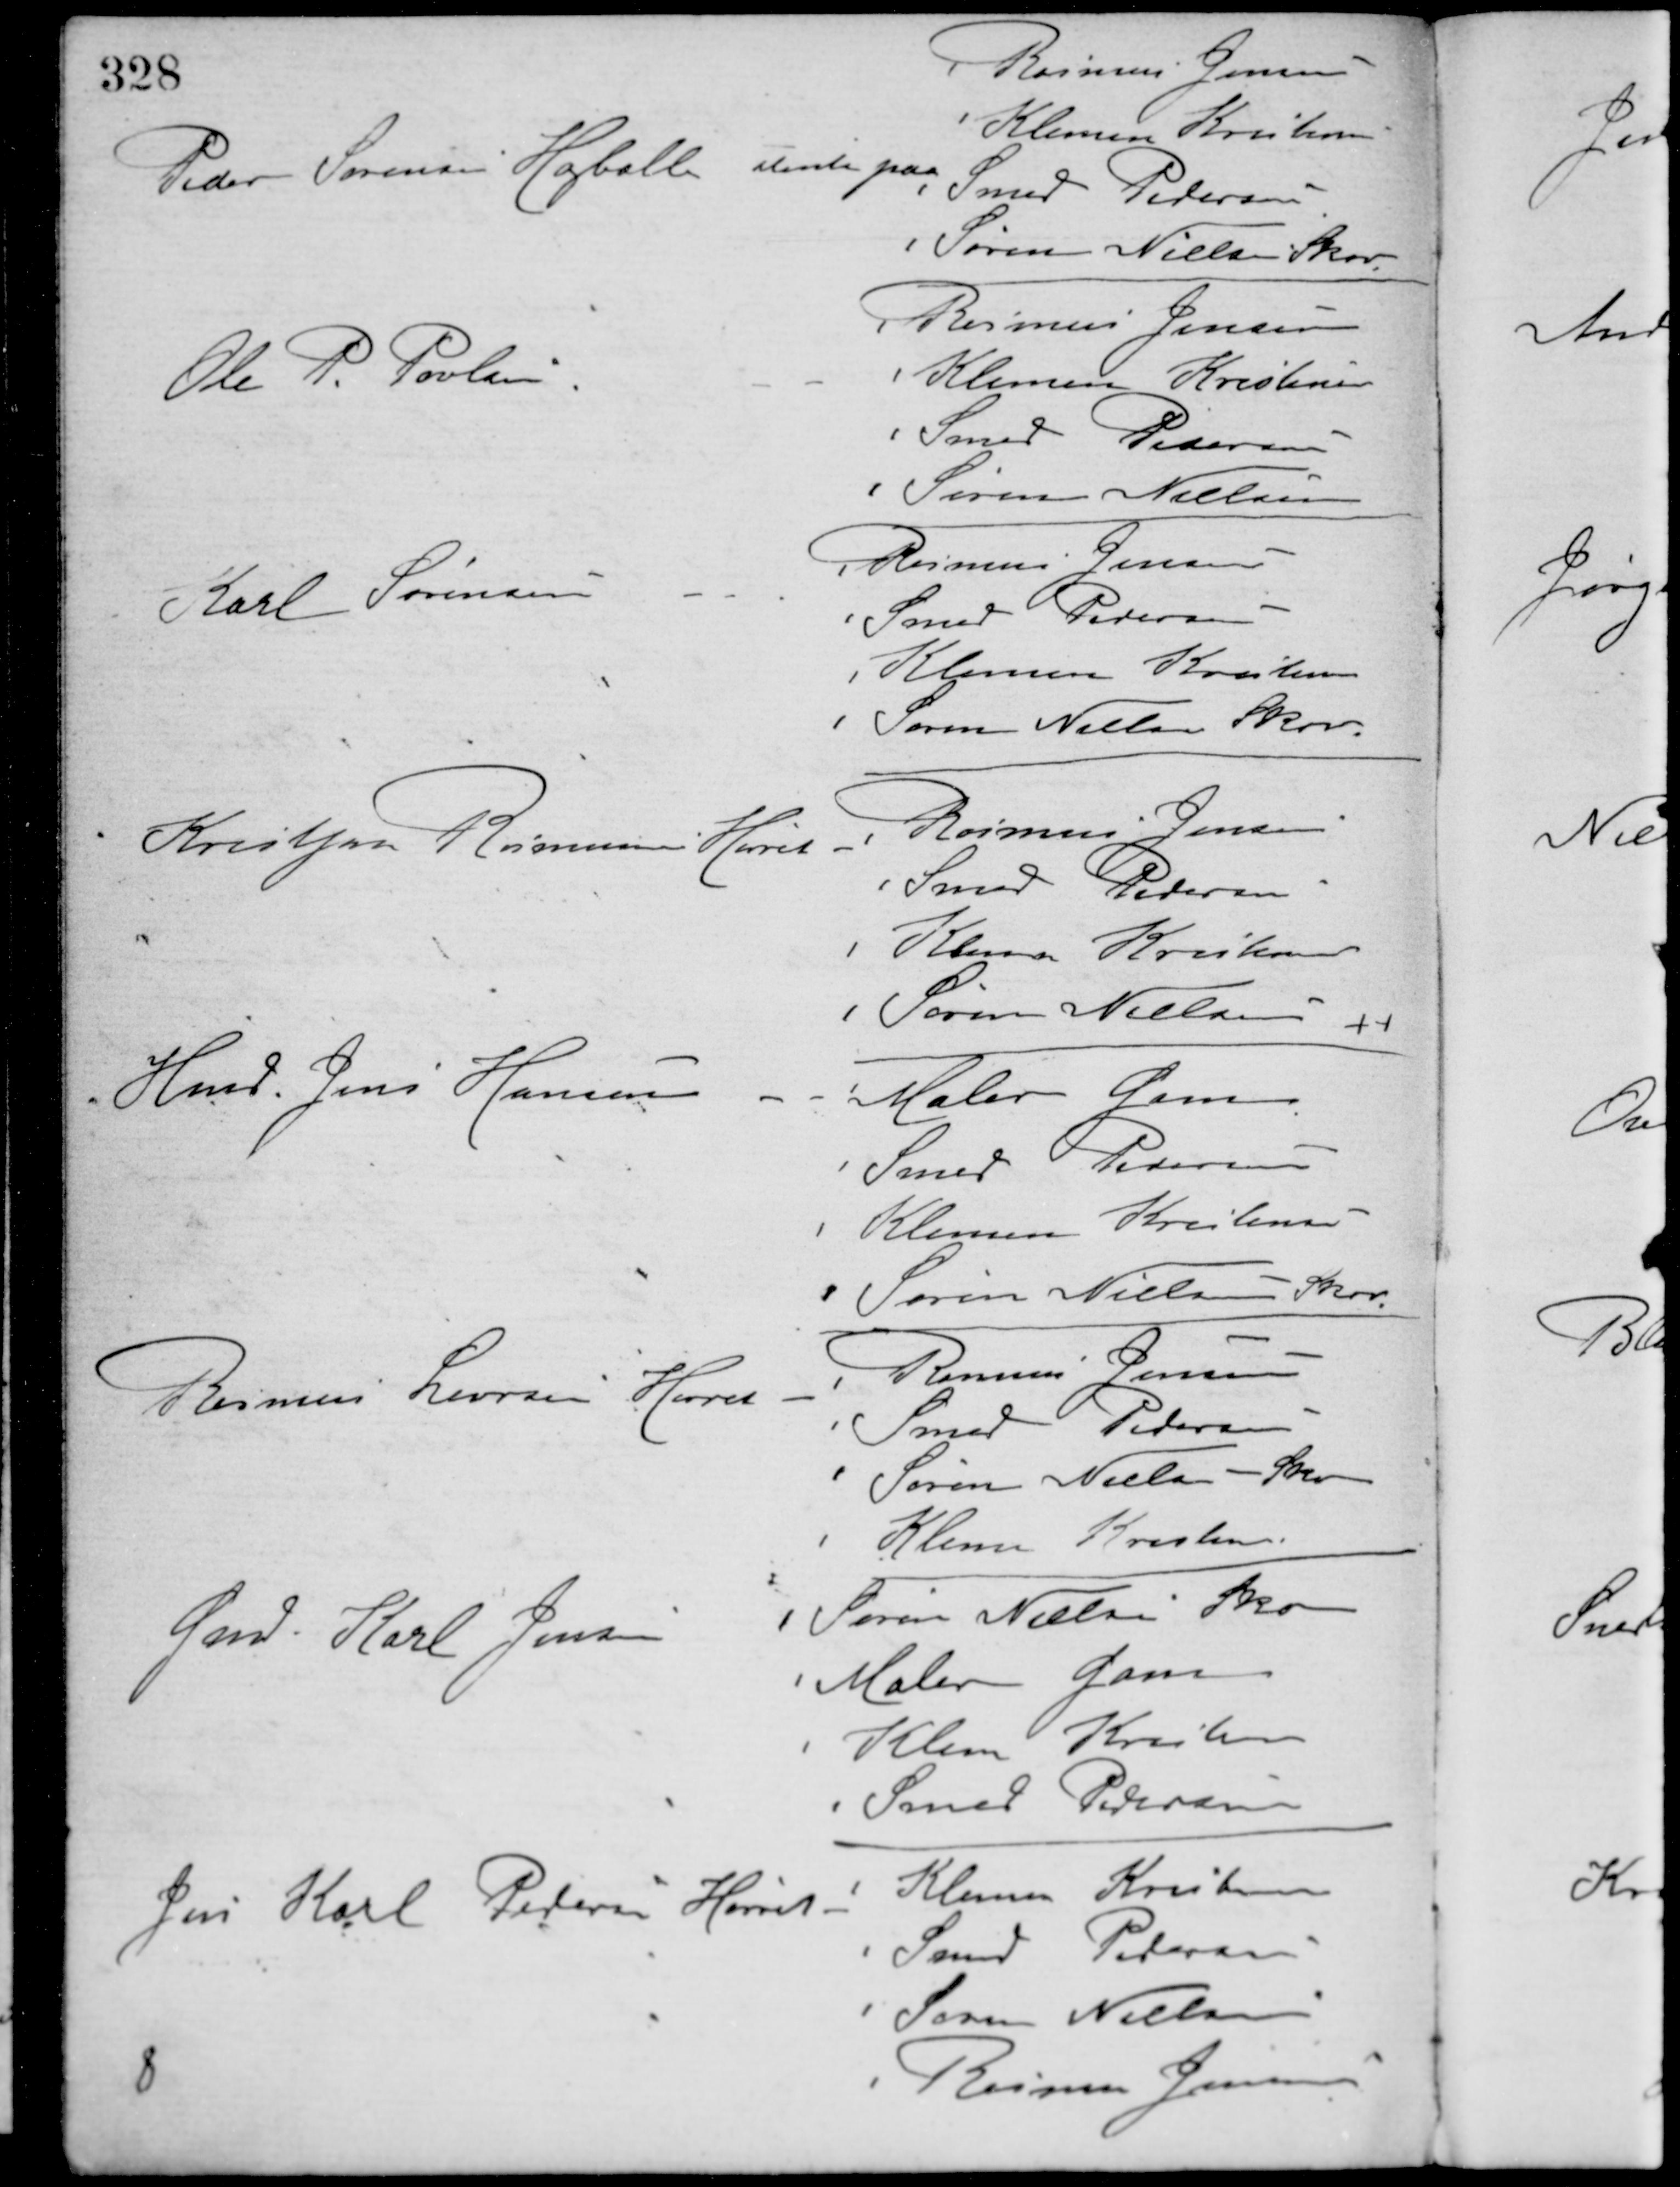
Transskription:
Peder Sørensen Højballe stemte paa
Rasmus Jensen
Klemen Kristensen
Smed Pedersen
Søren Nielsen Skov
Ole P. Poulsen - -
Rasmus Jensen
Klemen Kristenen
Smed Pedersen
Søren Nielsen
Karl Sørensen - -
Rasmus Jensen
Smed Pedersen
Klemen Kristensen
Søren Nielsen Skov
Kristjan Rasmussen Hørret -
Rasmus Jensen
Smed Pedersen
Klemen Kristensen
Søren Nielsen
Hmd. Jens Hansen - -
Maler Gam
Smed Pedersen
Klemen Kristensen
Søren Nielsen Skov
Rasmus Larsen Hørret -
Rasmus Sørensen
Smed Pedersen
Søren Nielsen Skov
Klemen Kristensen
Gmd. Karl Jensen
Søren Nielsen Skov
Maler Gam
Klemen Kristensen
Smed Pedersen
Jens Karl Petersen Hørret -
Klemen Kristensen
Smed Petersen
Søren Nielsen
Rasmus Jensen
8